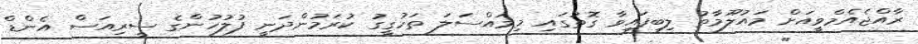
ރާއްޖެއެމްވީއަށް މައުލޫމާތު ލިބިފައިވާ ގޮތުގައި މިމައްސަލަ ތަހުގީގު ކުރަމުންދަނީ ފުލުހުންގެ ސީރިއަސް އެންޑް